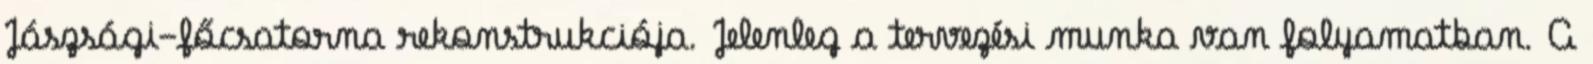
Jászsági-főcsatorna rekonstrukciója. Jelenleg a tervezési munka van folyamatban. A